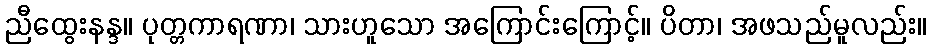
ညီထွေးနန္ဒ။ ပုတ္တကာရဏာ၊ သားဟူသော အကြောင်းကြောင့်။ ပိတာ၊ အဖသည်မူလည်း။